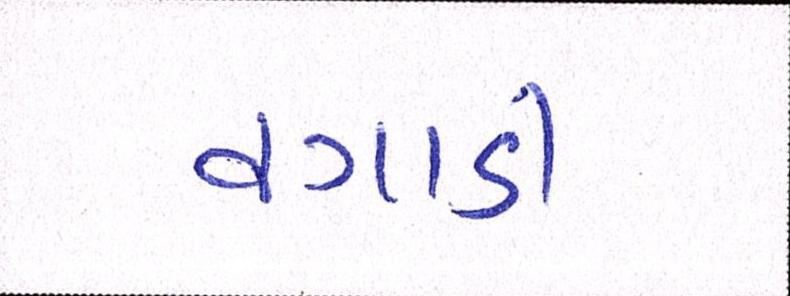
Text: વગાડી